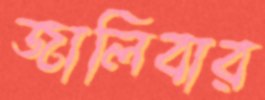
জালিবার